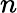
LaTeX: \textit{n}